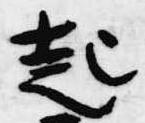
起